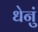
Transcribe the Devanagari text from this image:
धेनुं